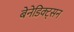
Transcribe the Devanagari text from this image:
बेनेडिक्ट्सन